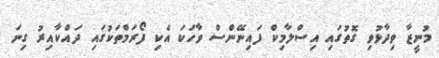
މުނީޒާ ވިދާޅުވި ގޮތުގައި އިސްލާމިކް ފައިނޭންސް ވާހަކަ އެކި ފޯރަމްތަކުގައި ދައްކާއިރު ގިނަ